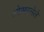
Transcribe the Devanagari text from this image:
ओसरलेले